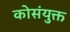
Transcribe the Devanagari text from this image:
कोसंयुक्त